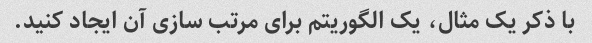
با ذکر یک مثال، یک الگوریتم برای مرتب سازی آن ایجاد کنید.